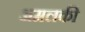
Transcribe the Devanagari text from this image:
अमलकी